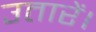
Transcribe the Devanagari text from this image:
उतारें।